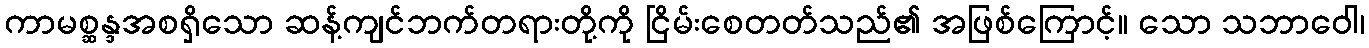
ကာမစ္ဆန္ဒအစရှိသော ဆန့်ကျင်ဘက်တရားတို့ကို ငြိမ်းစေတတ်သည်၏ အဖြစ်ကြောင့်။ သော သဘာဝေါ၊